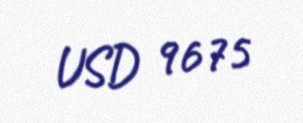
USD 9675